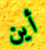
أين